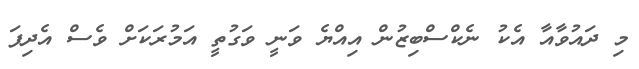
މި ދައުވާއާ އެކު ނެކްސްބިޒުން އިއްޔެ ވަނީ ވަގުތީ އަމުރަކަށް ވެސް އެދިފަ